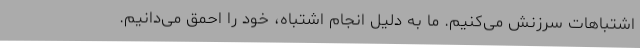
اشتباهات سرزنش می‌کنیم. ما به دلیل انجام اشتباه، خود را احمق می‌دانیم.